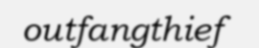
outfangthief